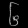
Digit: ၆